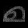
Digit: ၈